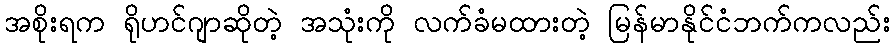
အစိုးရက ရိုဟင်ဂျာဆိုတဲ့ အသုံးကို လက်ခံမထားတဲ့ မြန်မာနိုင်ငံဘက်ကလည်း